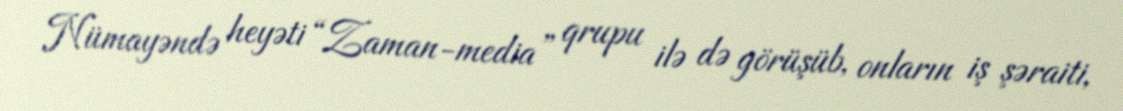
Nümayəndə heyəti “Zaman-media” qrupu ilə də görüşüb, onların iş şəraiti,